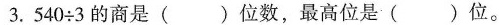
3. $$5 4 0 \div 3$$的商是( )位数，最高位是( )位。